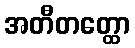
အတီတတ္ထော